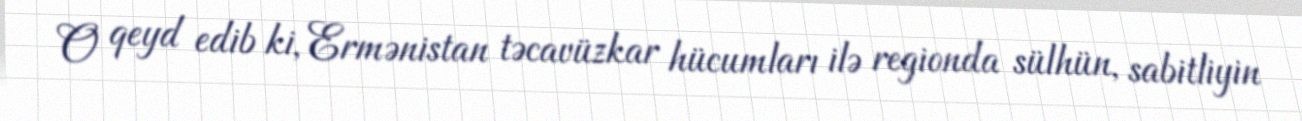
O qeyd edib ki, Ermənistan təcavüzkar hücumları ilə regionda sülhün, sabitliyin